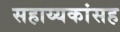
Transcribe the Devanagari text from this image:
सहाय्यकांसह